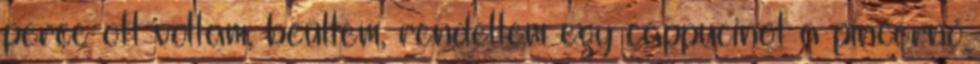
perce ott voltam, beültem, rendeltem egy cappucinot a pincérnő